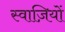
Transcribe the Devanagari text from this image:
स्वाज़ियों